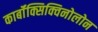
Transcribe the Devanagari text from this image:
कार्बॉक्सिक्विनोलोन